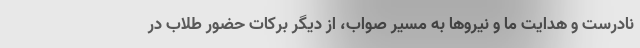
نادرست و هدایت ما و نیروها به مسیر صواب، از دیگر برکات حضور طلاب در